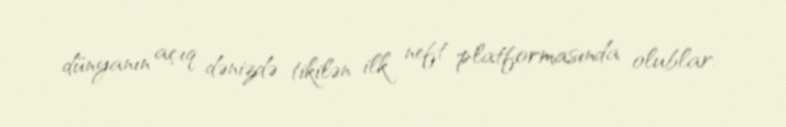
dünyanın açıq dənizdə tikilən ilk neft platformasında olublar.